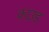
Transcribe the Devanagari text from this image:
काउड